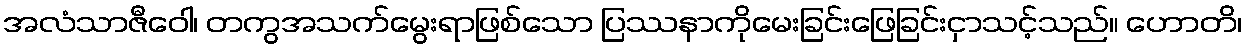
အလံသာဇီဝေါ၊ တကွအသက်မွေးရာဖြစ်သော ပြဿနာကိုမေးခြင်းဖြေခြင်းငှာသင့်သည်။ ဟောတိ၊